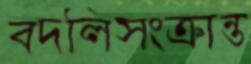
বদলিসংক্রান্ত